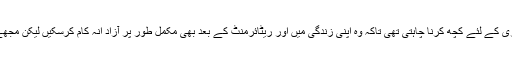
میں معذور افراد کی مکمل طور پر بازآبادکاری کے لئے کچھ کرنا چاہتی تھی تاکہ وہ اپنی زندگی میں اور ریٹائرمنٹ کے بعد بھی مکمل طور پر آزاد انہ کام کرسکیں لیکن مجھے نہیں پتہ تھا کہ اس کو کس طرح کرنا ہے۔